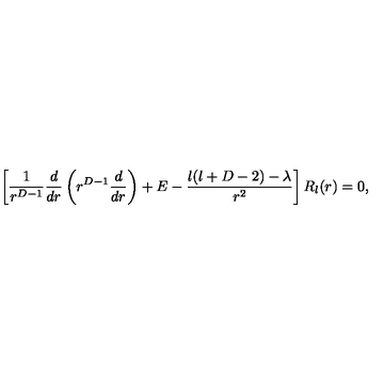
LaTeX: \left[ \frac { 1 } { r ^ { D - 1 } } \frac { d } { d r } \left( r ^ { D - 1 } \frac { d } { d r } \right) + E - \frac { l ( l + D - 2 ) - \lambda } { r ^ { 2 } } \right] R _ { l } ( r ) = 0 ,